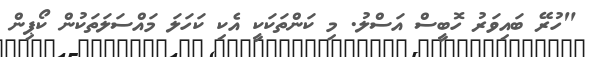
"ހުރޭ ބައިވަރު ހޮބީސް އަސްލު. މި ކަންތަކަކީ އެކި ކަހަލަ މައްސަލަތަކުން ކޯޕިން